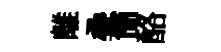
離叠簡酪